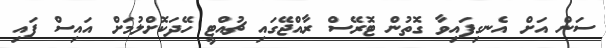
ސަން އަށް އެނގިފައިވާ ގޮތުން ޓޮރޭސް ރާއްޖޭގައި ޗުއްޓީ ހޭދަކޮށްލުމަށް އައިސް ފައި